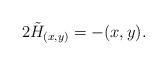
LaTeX: \begin{align*}2\tilde{H}_{(x,y)}=-(x,y).\end{align*}